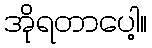
အိုရတာပေါ့။